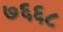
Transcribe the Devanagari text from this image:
७६६८